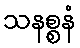
သနစ္စနံ